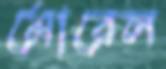
মোরেল